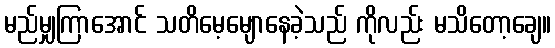
မည်မျှကြာအောင် သတိမေ့မျောနေခဲ့သည် ကိုလည်း မသိတော့ချေ။